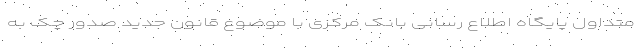
متداول پایگاه اطلاع رسانی بانک مرکزی با موضوع قانون جدید صدور چک به‌